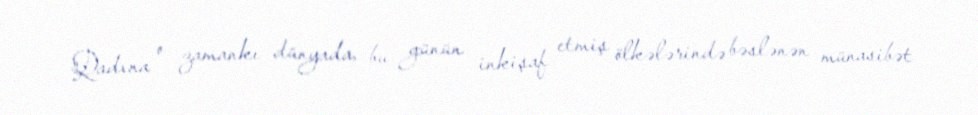
Qadına o zamankı dünyada, bu günün inkişaf etmiş ölkələrində bəslənən münasibət